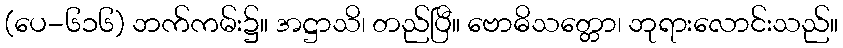
(ပေ-၆၁၆) ဘက်ကမ်း၌။ အဋ္ဌာသိ၊ တည်ပြီ။ ဗောဓိသတ္တော၊ ဘုရားလောင်းသည်။